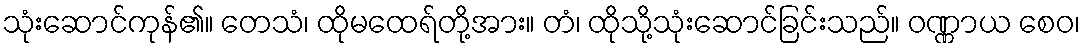
သုံးဆောင်ကုန်၏။ တေသံ၊ ထိုမထေရ်တို့အား။ တံ၊ ထိုသို့သုံးဆောင်ခြင်းသည်။ ဝဏ္ဏာယ စေဝ၊